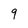
Character: 9